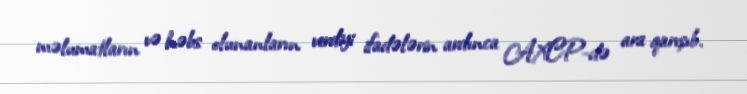
məlumatların və həbs olunanların verdiyi ifadələrin ardınca AXCP-də ara qarışıb.